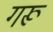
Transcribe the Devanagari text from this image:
गरू